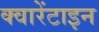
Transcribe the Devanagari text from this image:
क्वारेंटाइन